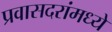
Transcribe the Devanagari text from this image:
प्रवासदरांमध्ये